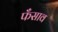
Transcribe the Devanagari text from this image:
फँसाव